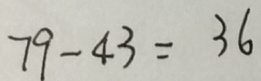
7 9 - 4 3 = 3 6